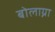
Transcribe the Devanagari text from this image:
बोलाग्ना